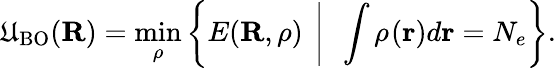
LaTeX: \mathfrak{U}_{\mathrm{{BO}}}({\mathbf{R}})=\operatorname*{min}_{\rho}\left\{ E({\mathbf{R}},\rho)~\left\vert~\ \int\rho_{}({\mathbf{r}})d{\mathbf{r}}=N_{e}\right.\right\} .